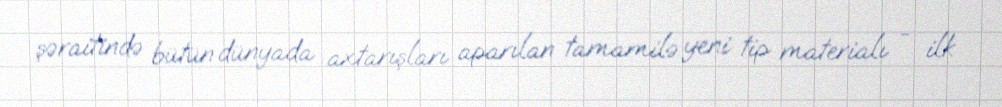
şəraitində bütün dünyada axtarışları aparılan tamamilə yeni tip materialı - ilk